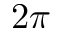
2 \pi